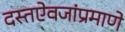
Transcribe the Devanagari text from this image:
दस्तऐवजांप्रमाणे